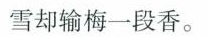
雪却输梅一段香。